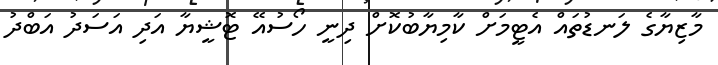
މާޒިޔާގެ ލަނޑުތައް އެޓީމަށް ކާމިޔާބުކޮށް ދިނީ ހޯސުއޭ ޓޮޝީޔާ އަދި އަސަދު އަބްދު